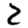
Digit: 2